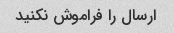
ارسال را فراموش نکنید